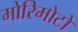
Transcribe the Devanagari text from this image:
मोरिमोटो